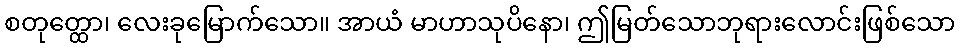
စတုတ္ထော၊ လေးခုမြောက်သော။ အာယံ မာဟာသုပိနော၊ ဤမြတ်သောဘုရားလောင်းဖြစ်သော